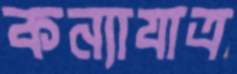
কন্যাযাত্র